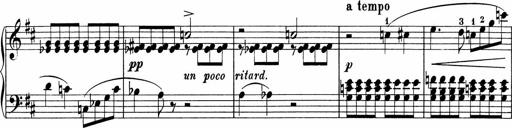
Title: 5 Sonatinen fÃ¼r die Jugend
Composer: Carl Reinecke